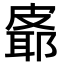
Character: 𪾉